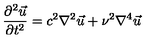
{ \frac { \partial ^ { 2 } { \vec { u } } } { \partial t ^ { 2 } } } = c ^ { 2 } { \nabla ^ { 2 } } { \vec { u } } + \nu ^ { 2 } { \nabla ^ { 4 } } { \vec { u } }